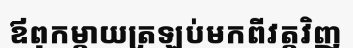
ឪពុកម្តាយត្រឡប់មកពីវត្តវិញ